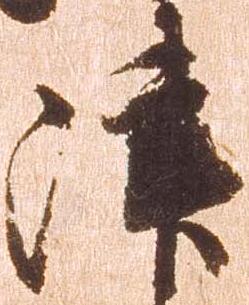
津